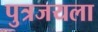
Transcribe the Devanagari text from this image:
पुत्रजयला